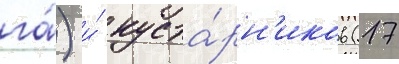
га́) и́ куста́рн'иков (17